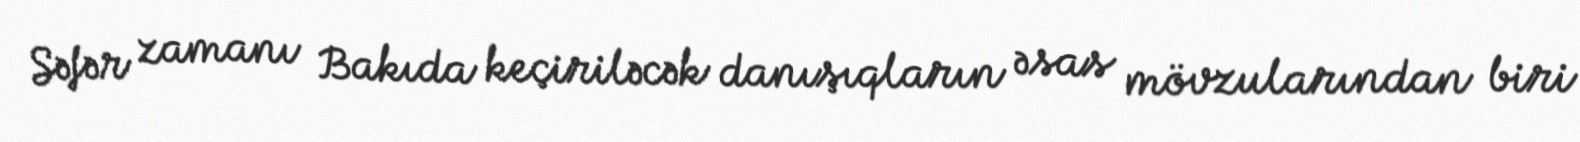
Səfər zamanı Bakıda keçiriləcək danışıqların əsas mövzularından biri